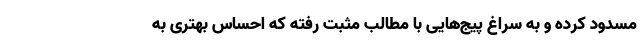
مسدود کرده و به سراغ پیج‌هایی با مطالب مثبت رفته که احساس بهتری به